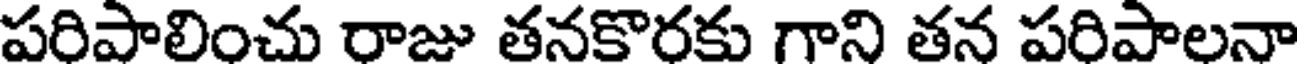
పరిపాలించు రాజు తనకొరకు గాని తన పరిపాలనా